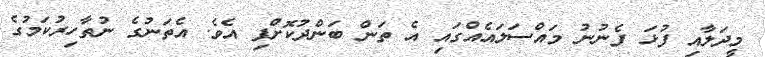
މީދަލާއި ފުޅަ ފެނުނު މައްސަލައެއްގައި އެ ތަން ބަންދުކޮށްފި އެވެ. އެތަނުގެ ނުތާހިރުކަމުގެ